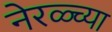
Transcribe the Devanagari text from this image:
नेरळ्च्या